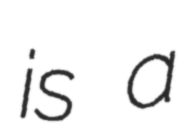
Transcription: is a